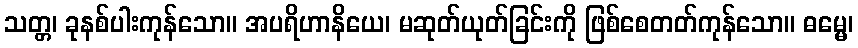
သတ္တ၊ ခုနစ်ပါးကုန်သော။ အပရိဟာနိယေ၊ မဆုတ်ယုတ်ခြင်းကို ဖြစ်စေတတ်ကုန်သော။ ဓမ္မေ၊